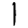
Digit: 1